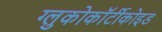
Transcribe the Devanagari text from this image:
ग्लुकोकॉर्टीकोइड